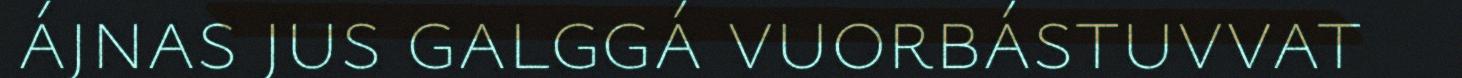
ájnas jus galggá vuorbástuvvat